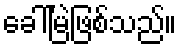
ခေါ်မြဲဖြစ်သည်။